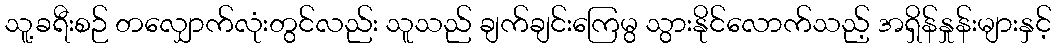
သူ့ခရီးစဉ် တလျှောက်လုံးတွင်လည်း သူသည် ချက်ချင်းကြေမွ သွားနိုင်လောက်သည့် အရှိန်နှုန်းများနှင့်